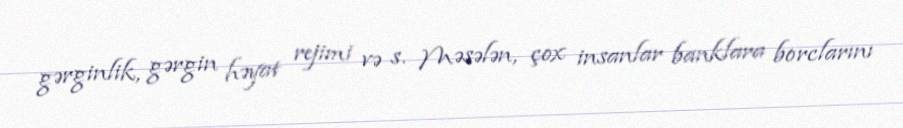
gərginlik, gərgin həyat rejimi və s. Məsələn, çox insanlar banklara borclarını